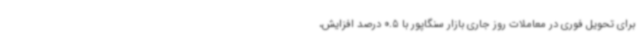
برای تحویل فوری در معاملات روز جاری بازار سنگاپور با 0.5 درصد افزایش،